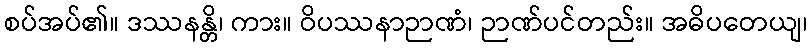
စပ်အပ်၏။ ဒဿနန္တိ၊ ကား။ ဝိပဿနာဉာဏံ၊ ဉာဏ်ပင်တည်း။ အဓိပတေယျ၊